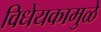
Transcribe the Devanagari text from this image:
विधेयकामुळे